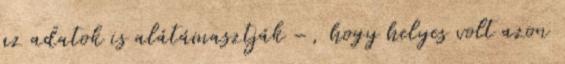
az adatok is alátámasztják –, hogy helyes volt azon